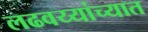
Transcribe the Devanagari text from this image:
लढवय्यांच्यात